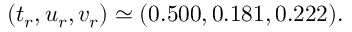
( t _ { r } , u _ { r } , v _ { r } ) \simeq ( 0 . 5 0 0 , 0 . 1 8 1 , 0 . 2 2 2 ) .